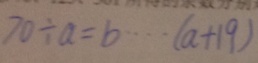
7 0 \div a = b \cdots ( a + 1 9 )